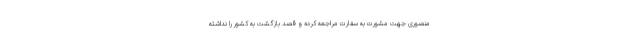
منصوری جهت مشورت به سفارت مراجعه کرده و قصد بازگشت به کشور را نداشته